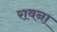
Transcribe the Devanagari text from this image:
रावना